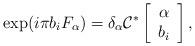
LaTeX: \begin{align*}\exp(i \pi b_i F_{\alpha})= {\delta}_{\alpha}{\cal C}^*\left[\begin{array}{c}{\alpha} \\b_i\end{array}\right],\end{align*}